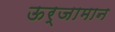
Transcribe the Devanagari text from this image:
ऊर्जामान